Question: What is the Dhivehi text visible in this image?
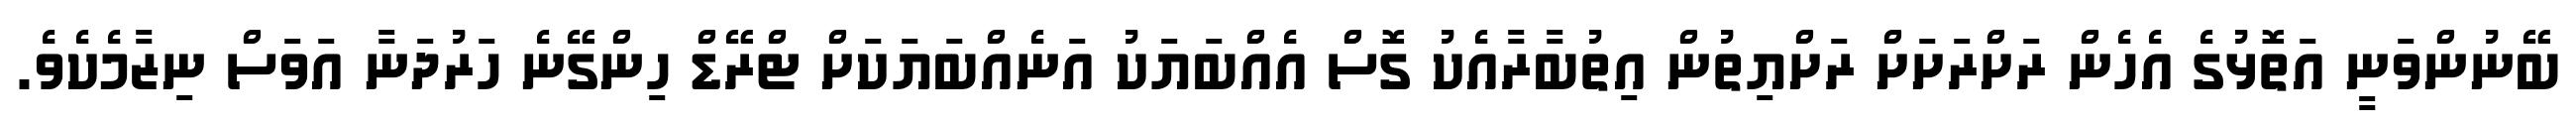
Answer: ބޭނުންވަނީ އަތޮޅުގެ އެހެން ރަށްރަށަށް ރަށްޔިތުން އިތުބާރާއެކު ގޮސް އެއްބަޔަކު އަނެއްބަޔަކަށް ޓްރޭޑް ހިންގޭނެ ހަރުދަނާ އަވަސް ނިޒާމެކެވެ.